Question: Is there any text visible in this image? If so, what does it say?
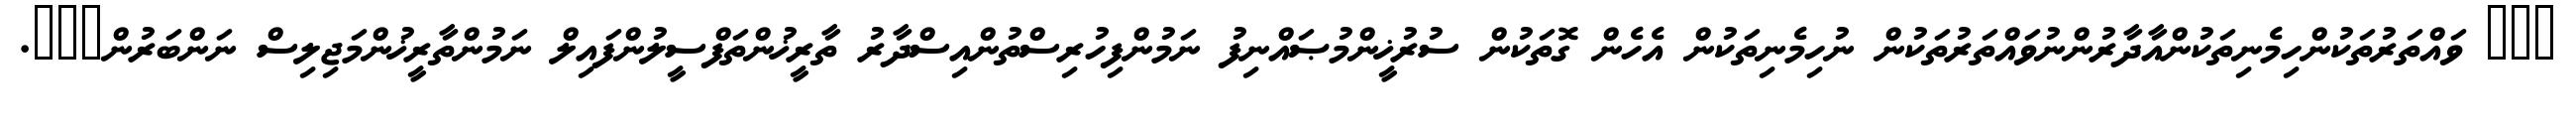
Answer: ??? ވައްތަރުތަކުންހިމެނިތަކުންއާދާރުންނުވައްތަރުތަކުން ނުހިމެނިތަކުން އެހެން ގޮތަކުން ސުރުޚީންމުޞައްނިފު ނަމުންފިހުރިސްތުންއިސްދާރު ތާރީޚުންތަފްސީލުންފައިލް ނަމުންތާރީޚުންމަޖިލިސް ނަންބަރުން???.